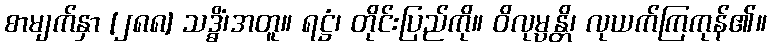
စာမျက်နှာ [၂၈၈] သဒ္ဓိံ၊အတူ။ ရဋ္ဌံ၊ တိုင်းပြည်ကို။ ဝိလုမ္ပန္တိ၊ လုယက်ကြကုန်၏။